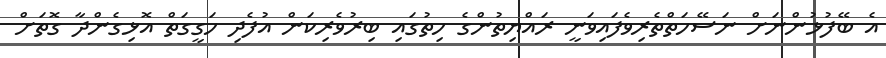
އެ ބޭފުޅުންނަށް ނަސޭހަތްތެރިވެފައިވަނީ ރައްޔިތުންގެ ހިތުގައި ބިރުވެރިކަން އުފެދި ހަގީގަތް އޮޅިގެންދާ ގޮތަށް